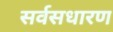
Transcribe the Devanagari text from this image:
सर्वसधारण